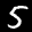
Label: 5